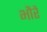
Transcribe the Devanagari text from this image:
भौरें